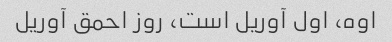
اوه، اول آوریل است، روز احمق آوریل